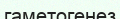
гаметогенез